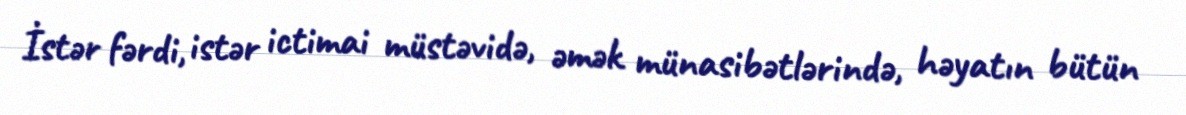
İstər fərdi, istər ictimai müstəvidə, əmək münasibətlərində, həyatın bütün